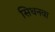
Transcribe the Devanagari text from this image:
सिधनवा